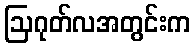
ဩဂုတ်လအတွင်းက